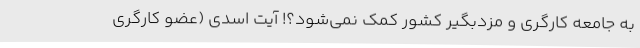
به جامعه کارگری و مزدبگیر کشور کمک نمی‌شود؟! آیت اسدی (عضو کارگری